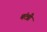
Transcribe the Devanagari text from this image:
मंत्त्री